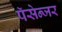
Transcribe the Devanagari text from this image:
पॅसेन्जर